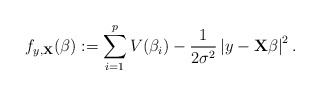
\begin{align*}f_{y,\mathbf{X}}(\beta) := \sum_{i=1}^pV(\beta_i) - \frac{1}{2\sigma^2}\left|y-\mathbf{X}\beta\right|^2 .\end{align*}